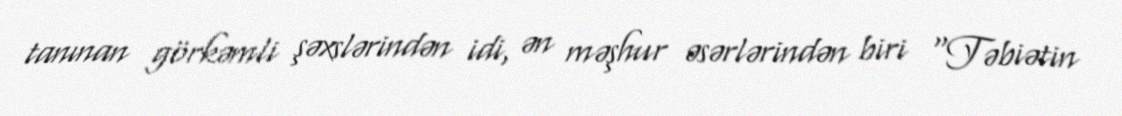
tanınan görkəmli şəxslərindən idi, ən məşhur əsərlərindən biri "Təbiətin